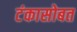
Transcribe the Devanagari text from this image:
टंकासोबत